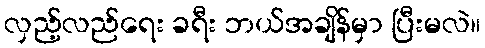
လှည့်လည်ရေး ခရီး ဘယ်အချိန်မှာ ပြီးမလဲ။